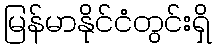
မြန်မာနိုင်ငံတွင်းရှိ